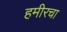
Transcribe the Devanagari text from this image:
हमीरचा